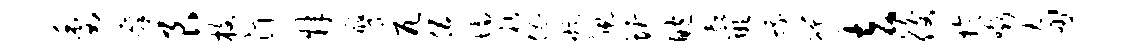
委廪艮枚汀肄膺兀伍墙祜倡璇佩圻鲍超嵌蛾磋去後于啜旬